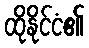
ထိုနိုင်ငံ၏